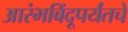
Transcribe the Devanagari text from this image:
आरंभबिंदूपर्यंतचे